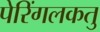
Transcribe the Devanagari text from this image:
पेरिंगलकतु